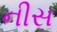
નીસ